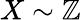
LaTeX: X\sim\mathbb{Z}